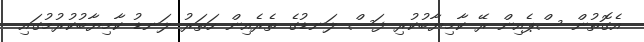
އެގޮތުން ސްޕެއިން ރޭ ކާމިޔާބުކުރި ފަސް ލަނޑުގެ ތެރެއިން ހަތަރު ލަނޑު ކާމިޔާބުކުރުމުގައި